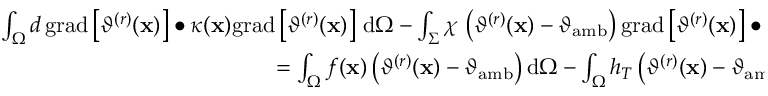
\begin{array} { r } { \int _ { \Omega } d \, \mathrm { g r a d } \left[ \vartheta ^ { ( r ) } ( \mathbf { x } ) \right] \bullet \kappa ( \mathbf { x } ) \mathrm { g r a d } \left[ \vartheta ^ { ( r ) } ( \mathbf { x } ) \right] \, \mathrm { d } \Omega - \int _ { \Sigma } \chi \, \left( \vartheta ^ { ( r ) } ( \mathbf { x } ) - \vartheta _ { \mathrm { a m b } } \right) \mathrm { g r a d } \left[ \vartheta ^ { ( r ) } ( \mathbf { x } ) \right] \bullet \widehat { \mathbf { t } } ( \mathbf { x } ) \, \mathrm { d } \Gamma } \\ { = \int _ { \Omega } f ( \mathbf { x } ) \left( \vartheta ^ { ( r ) } ( \mathbf { x } ) - \vartheta _ { \mathrm { a m b } } \right) \mathrm { d } \Omega - \int _ { \Omega } h _ { T } \left( \vartheta ^ { ( r ) } ( \mathbf { x } ) - \vartheta _ { \mathrm { a m b } } \right) ^ { 2 } \mathrm { d } \Omega } \end{array}